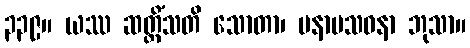
၃၃၉။ ယဿ ဆတ္တိံသတိ သောတာ၊ မနာပသဝနာ ဘုသာ။